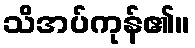
သိအပ်ကုန်၏။